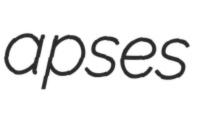
apses